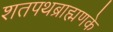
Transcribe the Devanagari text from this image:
शतपथब्राह्मणके